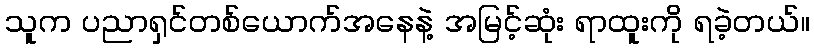
သူက ပညာရှင်တစ်ယောက်အနေနဲ့ အမြင့်ဆုံး ရာထူးကို ရခဲ့တယ်။